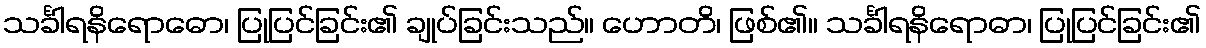
သင်္ခါရနိရောဓော၊ ပြုပြင်ခြင်း၏ ချုပ်ခြင်းသည်။ ဟောတိ၊ ဖြစ်၏။ သင်္ခါရနိရောဓာ၊ ပြုပြင်ခြင်း၏